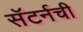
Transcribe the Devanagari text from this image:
सॅटर्नची